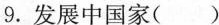
9.发展中国家()